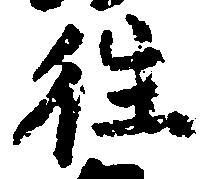
往